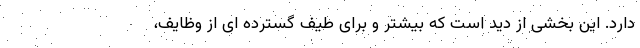
دارد. این بخشی از دید است که بیشتر و برای طیف گسترده ای از وظایف،